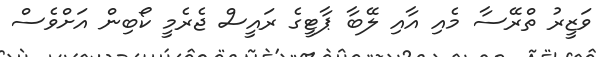
ވަޒީރު ތްރޭސާ މެއި އާއި ލޭބާ ޕާޓީގެ ރައީސް ޖެރެމީ ކޯބިން އަށްވެސް